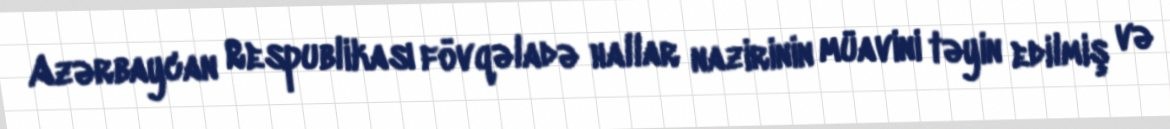
Azərbaycan Respublikası fövqəladə hallar nazirinin müavini təyin edilmiş və